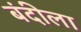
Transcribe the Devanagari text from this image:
बंदीला